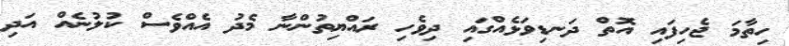
ހިތާމަ ޖެހިފައި އޮތް ދަނޑިވަޅެއްގައި ދިވެހި ރައްޔިތުންނާ މެދު އެއްވެސް ކުލުނެއް އަދި